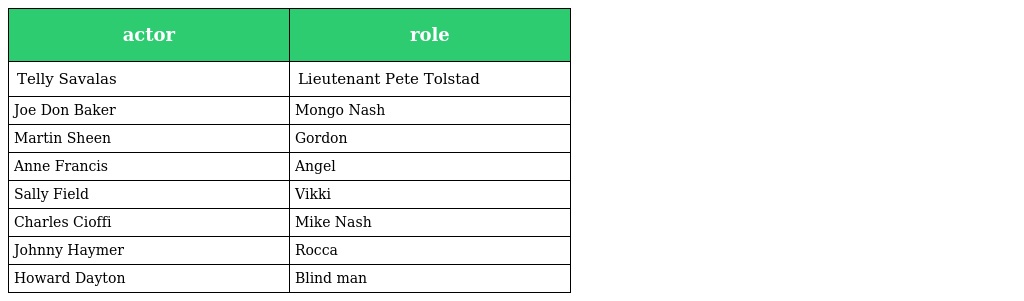
| actor | role |
 | --- | --- |
 | Telly Savalas | Lieutenant Pete Tolstad |
 | Joe Don Baker | Mongo Nash |
 | Martin Sheen | Gordon |
 | Anne Francis | Angel |
 | Sally Field | Vikki |
 | Charles Cioffi | Mike Nash |
 | Johnny Haymer | Rocca |
 | Howard Dayton | Blind man |